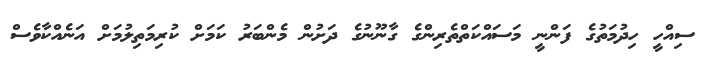
ސިއްހީ ހިދުމަތުގެ ފަންނީ މަސައްކަތްތެރިންގެ ގާނޫނުގެ ދަށުން މެންބަރު ކަމަށް ކުރިމަތިލުމަށް އަނެއްކާވެސް